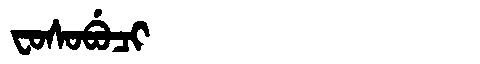
Manchu: ᠸᠣᠰᠣᠪᡠᠴᡳ
Romanization: FOSOBUCI